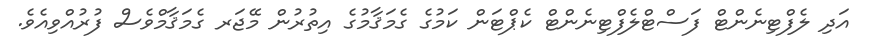
އަދި ލެފްޓިނެންޓް ފަސްޓްލެފްޓިނެންޓް ކެޕްޓަން ކަމުގެ ގެމަޤާމުގެ އިތުރުން މޭޖަރ ގެމަޤާމްވެސް ފުރުއްވިއެވެ.